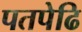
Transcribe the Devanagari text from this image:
पतपेढि